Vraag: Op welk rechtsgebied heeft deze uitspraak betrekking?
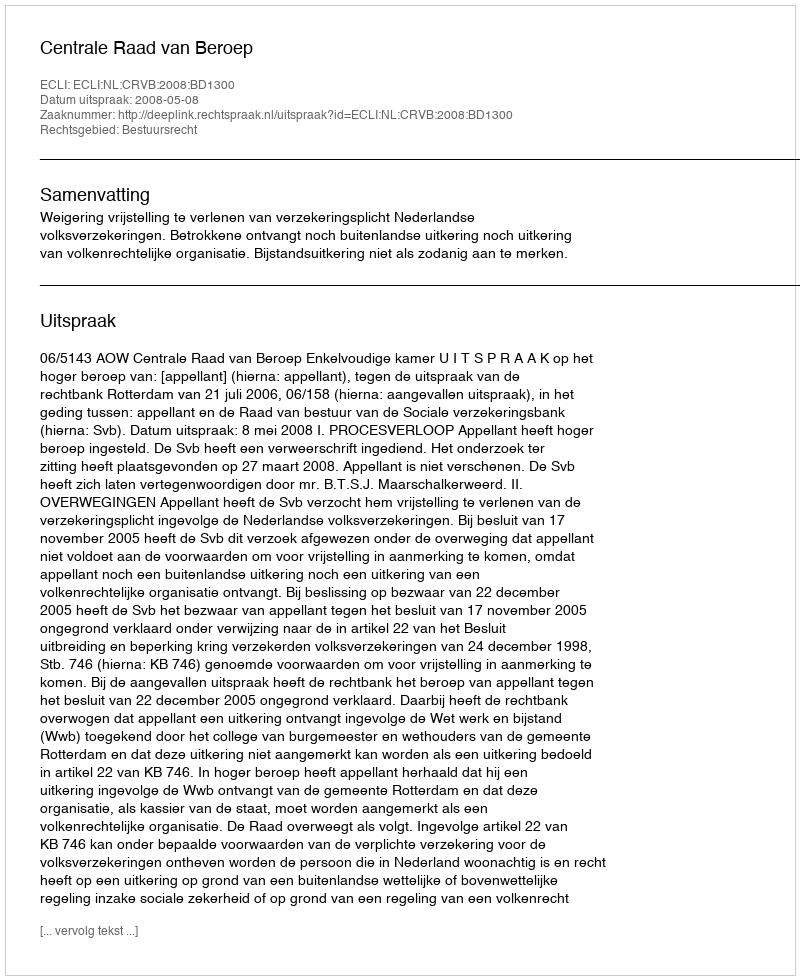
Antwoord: Bestuursrecht